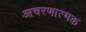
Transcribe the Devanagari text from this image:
आचरणात्मक